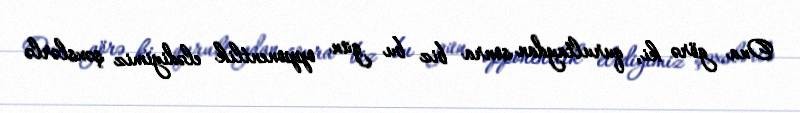
Ona görə ki, qurultaydan sonra biz bu gün opponentlik elədiyimiz şəxslərlə